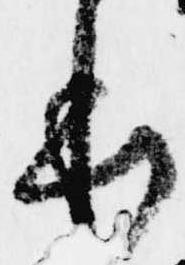
本